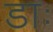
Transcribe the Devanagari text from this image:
डाः